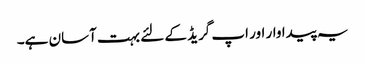
یہ پیداوار اور اپ گریڈ کے لئے بہت آسان ہے۔